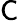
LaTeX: \sf C